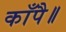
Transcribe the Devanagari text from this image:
काँपै॥